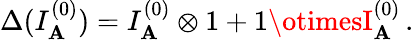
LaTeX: \Delta(I_{\mathbf{A}}^{(0)})=I_{\mathbf{A}}^{(0)}\otimes1+1\otimesI_{\mathbf{A}}^{(0)}\, .